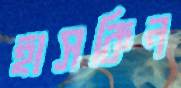
হাসকিন